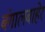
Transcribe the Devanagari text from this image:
बंगालबाहेर